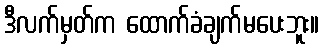
ဒီလက်မှတ်က ထောက်ခံချက်မပေးဘူး။